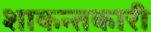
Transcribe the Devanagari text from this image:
शाकन्तकारी